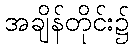
အချိန်တိုင်း၌